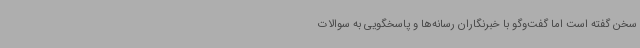
سخن گفته است اما گفت‌وگو با خبرنگاران رسانه‌ها و پاسخگویی به سوالات